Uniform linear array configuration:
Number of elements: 48
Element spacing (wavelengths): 0.75
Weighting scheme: cosine
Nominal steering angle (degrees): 60
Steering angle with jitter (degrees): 60.804
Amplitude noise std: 0.05
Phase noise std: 0.05

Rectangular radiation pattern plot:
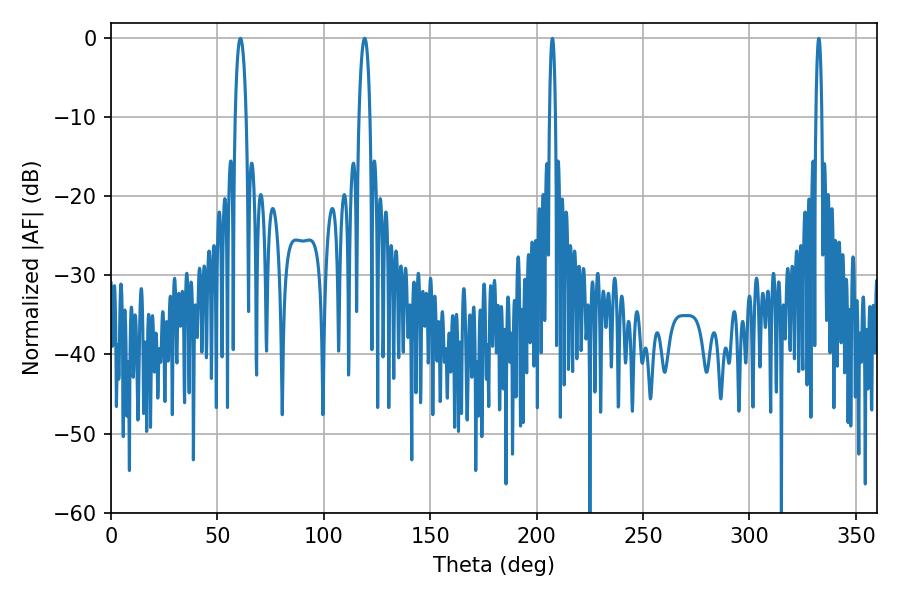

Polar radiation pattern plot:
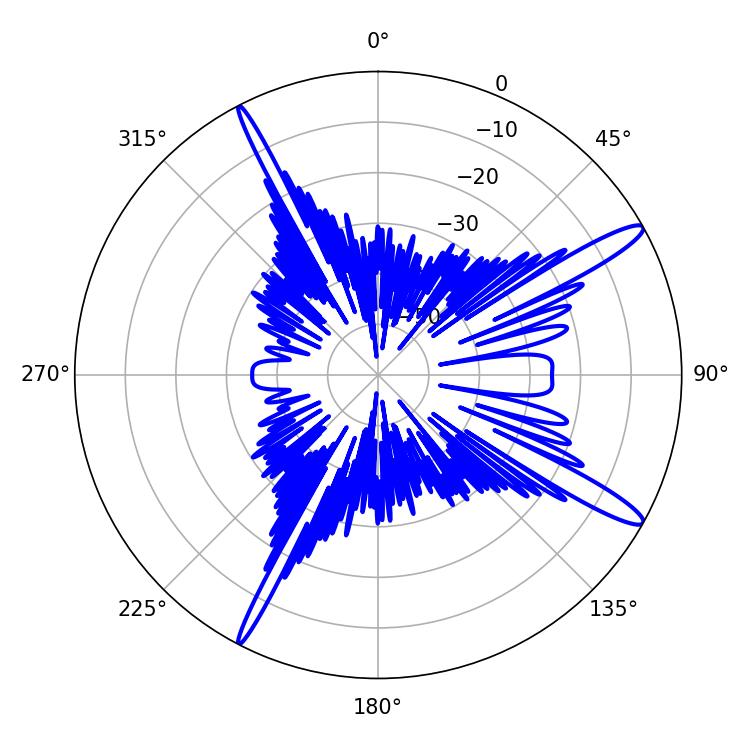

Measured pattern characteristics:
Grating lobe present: TRUE
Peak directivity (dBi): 14.44
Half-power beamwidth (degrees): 2.88
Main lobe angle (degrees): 60.84